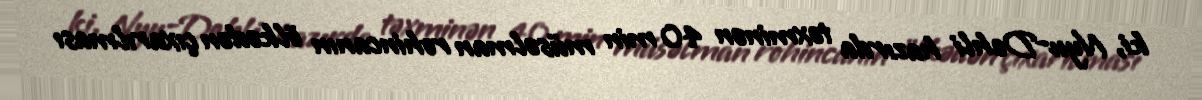
ki, Nyu-Dehli hazırda təxminən 40 min müsəlman rohincanın ölkədən çıxarılması